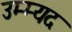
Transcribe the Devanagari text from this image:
उम्म्यद